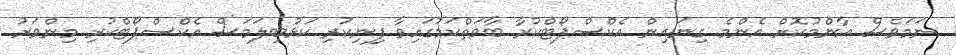
ނަމަވެސް އާންމުކޮށް އެންމެ ގިނައިން އެކްސްޕޯޓްކުރާ ބާވަތްކަމުގައިވާ ފިނިކުރި ކަޅުބިލަމަސް އެކްސްޕޯޓްކުރި މިންވަރު